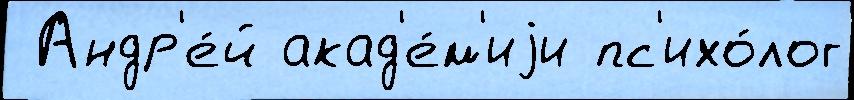
 Андр'е́й акад'е́м'иjи пс'ихо́лог